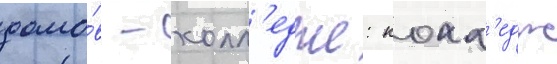
домо́в - колл'едже: колл'едж